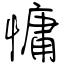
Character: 慵